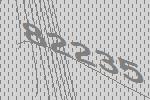
82235